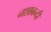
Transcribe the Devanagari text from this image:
नशाबन्दी